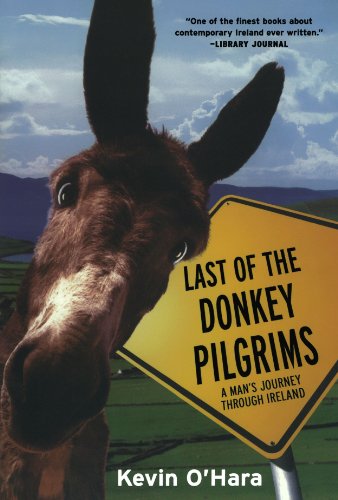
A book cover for Last of the Donkey Pilgrims; Kevin O'Hara; Biographies & Memoirs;